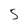
Character: 5